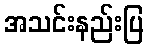
အသင်းနည်းပြ